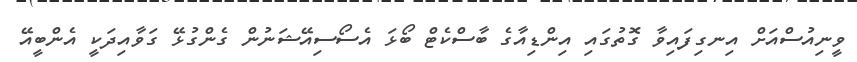
ވީނިއުސްއަށް އިނގިފައިވާ ގޮތުގައި އިންޑިއާގެ ބާސްކެޓް ބޯޅަ އެސޯސިއޭޝަނުން ގެންގުޅޭ ގަވާއިދަކީ އެންބީއޭ